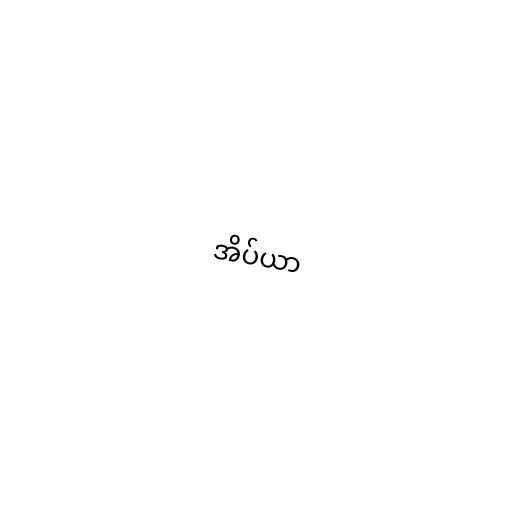
အိပ်ယာ